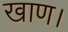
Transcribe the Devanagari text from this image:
खाण।